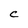
Character: C